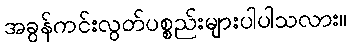
အခွန်ကင်းလွတ်ပစ္စည်းများပါပါသလား။